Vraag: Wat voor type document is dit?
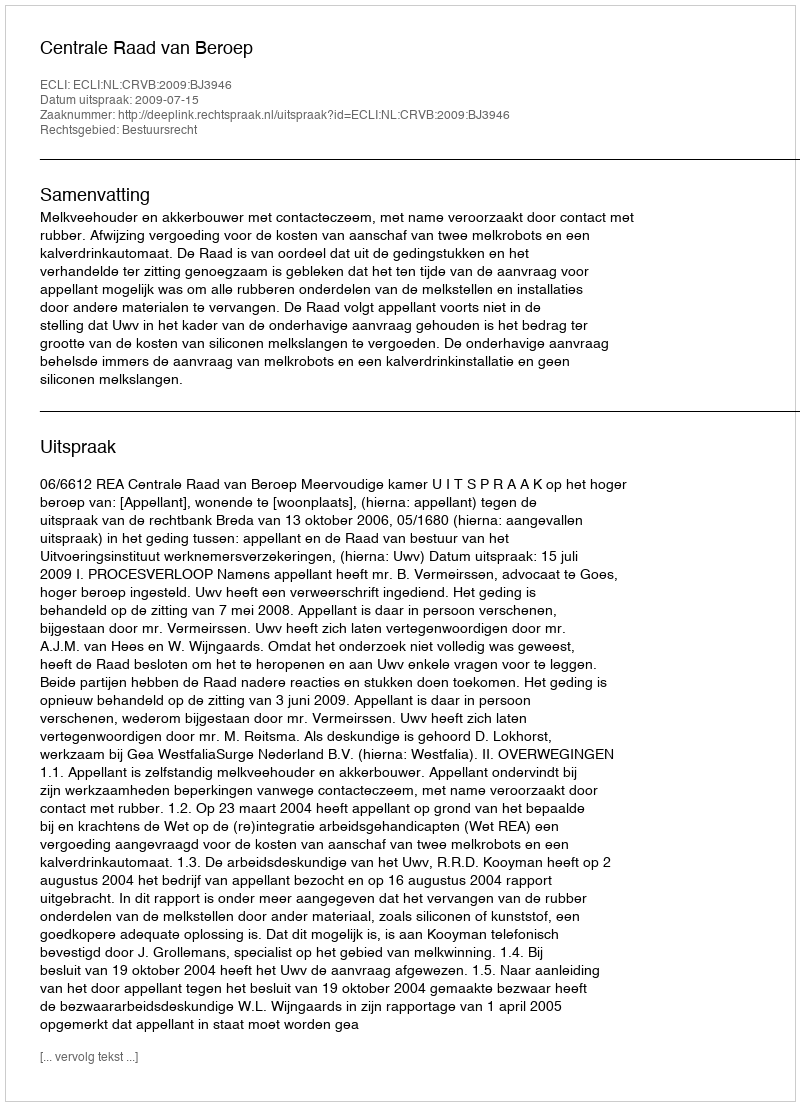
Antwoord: Uitspraak